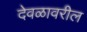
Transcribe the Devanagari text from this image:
देवळावरील